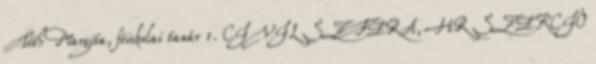
Tóth Margita, főiskolai tanár 1. CIVIL SZFÉRA, HR SZEKCIÓ